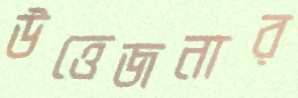
উত্তেজনার